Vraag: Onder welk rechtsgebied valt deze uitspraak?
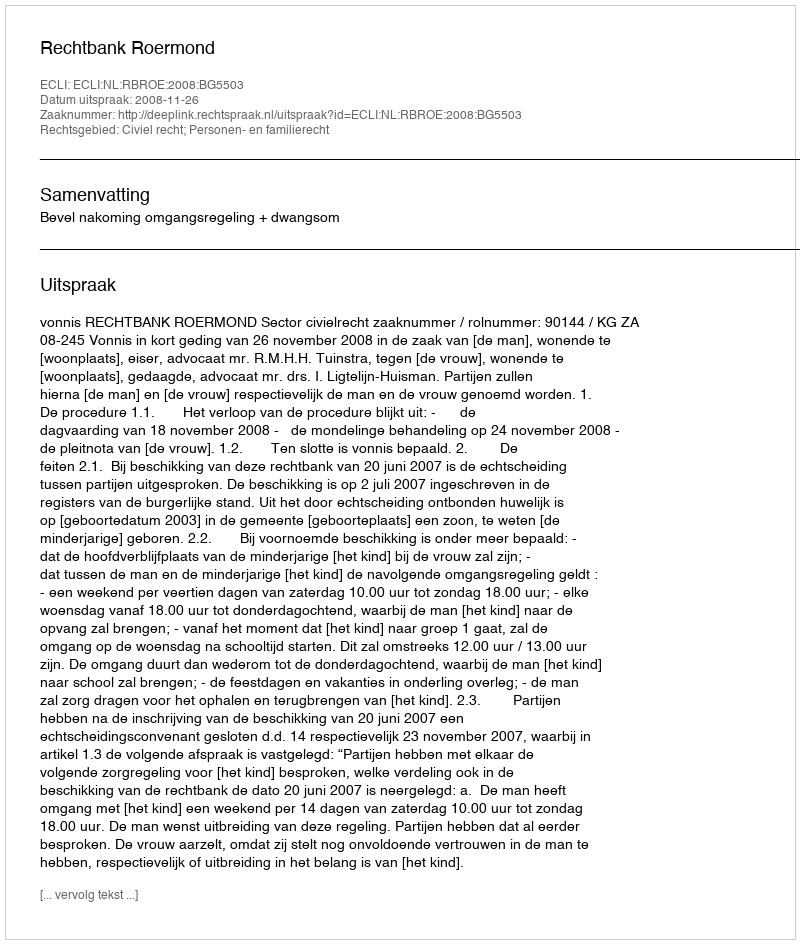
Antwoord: Civiel recht; Personen- en familierecht